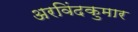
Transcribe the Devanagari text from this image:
अरविंदकुमार